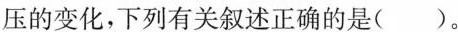
12.(内蒙古通辽)右图表示人体血液流经血